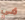
في